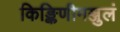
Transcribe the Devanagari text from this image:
किङ्किणीमञ्जुलं